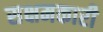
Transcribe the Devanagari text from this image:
सक्षमकारी